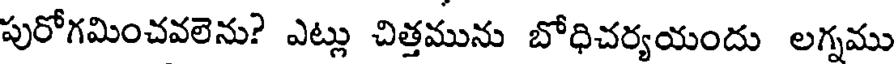
పురోగమించవలెను? ఎట్లు చిత్తమును బోధిచర్యయందు లగ్నము